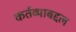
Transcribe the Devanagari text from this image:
कर्तव्याबद्दल